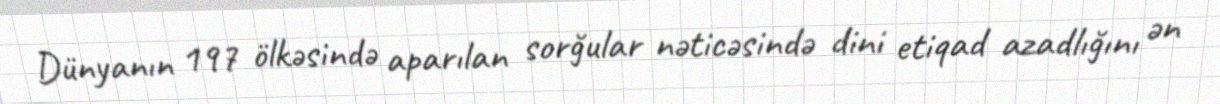
Dünyanın 197 ölkəsində aparılan sorğular nəticəsində dini etiqad azadlığını ən